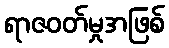
ရာဇဝတ်မှုအဖြစ်